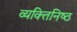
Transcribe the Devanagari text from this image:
व्यक्‍तिनिष्‍ठ